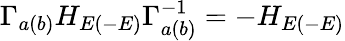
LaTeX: \Gamma_{a(b)}H_{E(-E)}\Gamma_{a(b)}^{-1}=-H_{E(-E)}